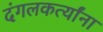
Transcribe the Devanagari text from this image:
दंगलकर्त्यांना